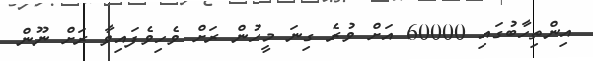
އިންތިހާބުގައި 60000 އަށް ވުރެ ގިނަ މީހުން ރަށް ވެހިވެފައިވާ ރަށް ނޫން